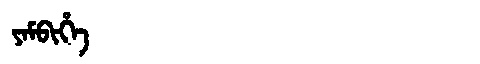
Manchu: ᠶᠠᠮᠪᡳᡥᡝ
Romanization: YAMBIHE